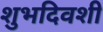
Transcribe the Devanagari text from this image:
शुभदिवशी